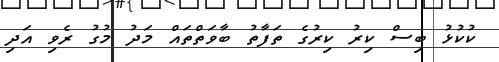
ކުކުޅު ބިސް ކިރު ކިރުގެ ތަފާތު ބާވަތްތައް މަދު މުގު ރެވި އަދި